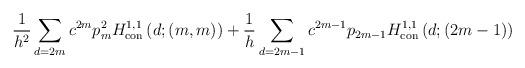
LaTeX: \begin{align*} \frac{1}{h^2}\sum_{d=2m}c^{2m} p_m^2 H_{\rm con}^{1,1}\left(d;(m,m)\right) + \frac{1}{h} \sum_{d=2m-1} c^{2m-1}p_{2m-1} H_{\rm con}^{1,1}\left(d;(2m-1)\right)\end{align*}